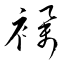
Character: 襷